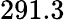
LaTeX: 291.3